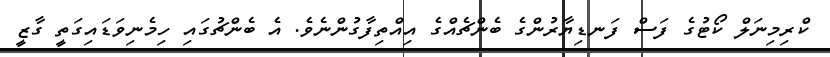
ކްރިމިނަލް ކޯޓުގެ ފަސް ފަނޑިޔާރުންގެ ބެންޗެއްގެ އިއްތިފާގުންނެވެ. އެ ބެންޗުގައި ހިމެނިވަޑައިގަތީ ގާޒީ